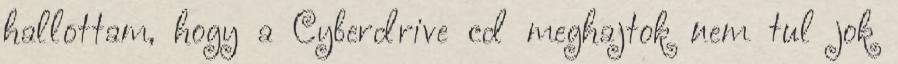
hallottam, hogy a Cyberdrive cd meghajtok nem tul jok